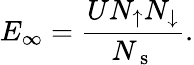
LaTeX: E_{\infty}=\frac{UN_{\uparrow}N_{\downarrow}}{N_{\mathrm{~s~}}}.